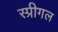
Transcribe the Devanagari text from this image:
स्प्रीगल